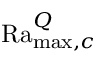
\mathrm { R a } _ { \operatorname* { m a x } , c } ^ { Q }